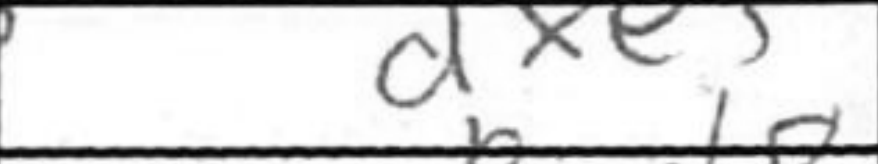
Transcription: dxe+